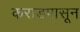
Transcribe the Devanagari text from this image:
कराडपासून